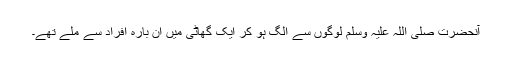
آنحضرت صلی اللہ علیہ وسلم لوگوں سے الگ ہو کر ایک گھاٹی میں ان بارہ افراد سے ملے تھے۔